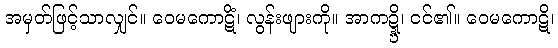
အမှတ်ဖြင့်သာလျှင်။ ဝေမကောဋိံ၊ လွန်းဖျားကို။ အာကဍ္ဍ္ဎိ၊ ငင်၏။ ဝေမကောဋိ၊